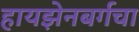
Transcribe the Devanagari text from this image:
हायझेनबर्गचा